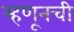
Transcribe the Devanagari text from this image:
म्हणूनची